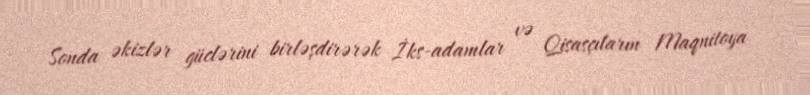
Sonda əkizlər güclərini birləşdirərək İks-adamlar və Qisasçıların Maqnitoya